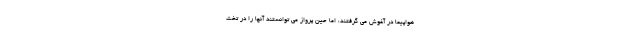
هواپیما در آغوش می گرفتند، اما حین پرواز می توانستند آنها را در تخت